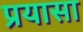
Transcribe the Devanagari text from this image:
प्रयासा